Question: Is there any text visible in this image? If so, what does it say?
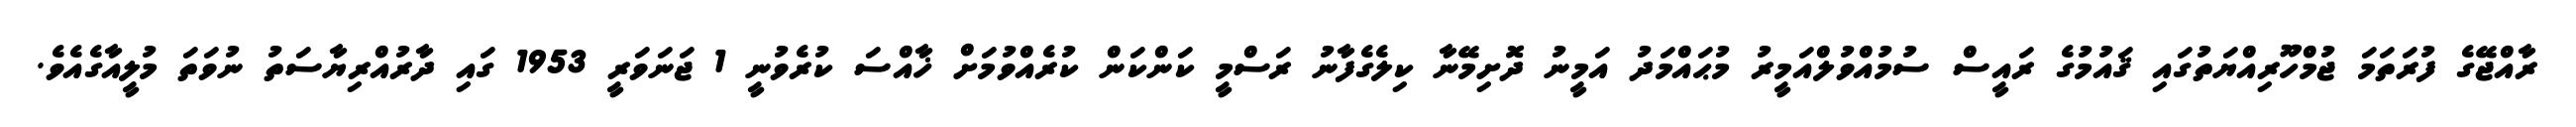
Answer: ރާއްޖޭގެ ފުރަތަމަ ޖުމްހޫރިއްޔަތުގައި ޤައުމުގެ ރައީސް ސުމުއްވުލްއަމީރު މުޙައްމަދު އަމީނު ދޮށިމޭނާ ކިލެގެފާނު ރަސްމީ ކަންކަން ކުރެއްވުމަށް ޚާއްސަ ކުރެވުނީ 1 ޖަނަވަރީ 1953 ގައި ދާރުއްރިޔާސަތު ނުވަތަ މުލީއާގެއެވެ.